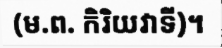
(ម.ព. កិរិយវាទី)។